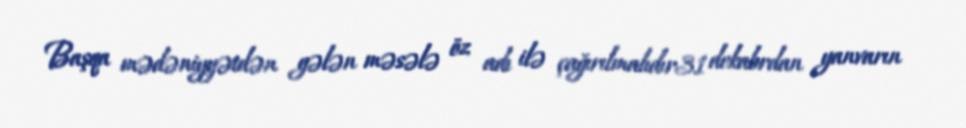
Başqa mədəniyyətdən gələn məsələ öz adı ilə çağırılmalıdır31 dekabrdan yanvarın